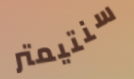
سنتيمتر